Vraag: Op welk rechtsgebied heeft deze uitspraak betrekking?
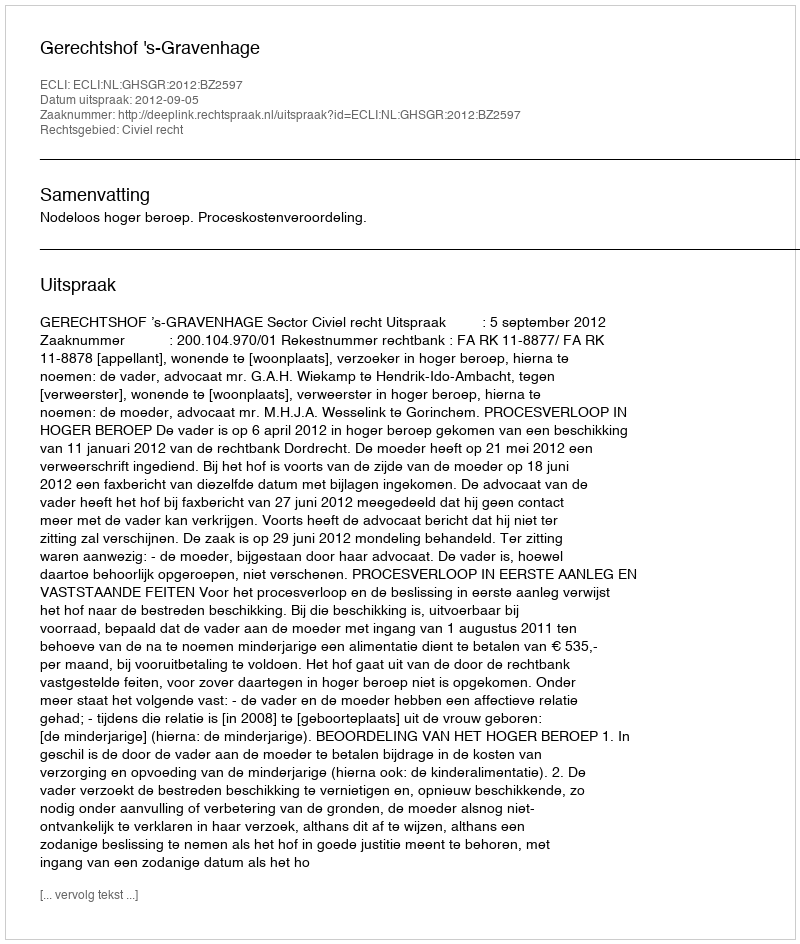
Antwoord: Civiel recht